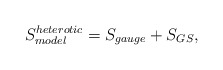
\begin{align*}S_{model}^{heterotic} = S_{gauge} + S_{GS},\end{align*}